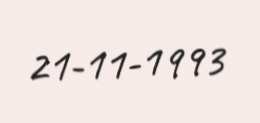
21-11-1993